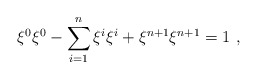
\begin{align*} \xi^0\xi^0-\sum_{i=1}^n\xi^i\xi^i+\xi^{n+1}\xi^{n+1}=1~,\end{align*}